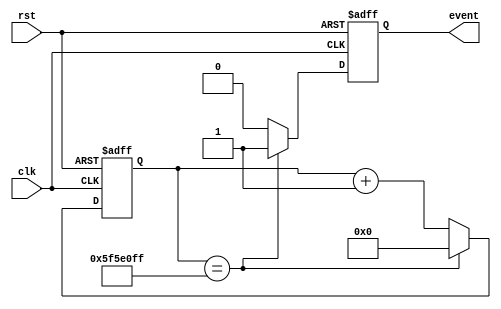
module event_timer (
  input wire clk,       // Clock input
  input wire rst,       // Reset input
  output reg event      // Event output
);

reg [31:0] counter;     // 32-bit counter to keep track of time
parameter INTERVAL = 100000000;  // Interval at which events should occur

always @ (posedge clk or posedge rst) begin
  if (rst) begin
    counter <= 0;       // Reset counter when reset signal is high
    event <= 0;         // Reset event signal
  end else begin
    if (counter == INTERVAL - 1) begin
      event <= 1;       // Set event signal high when counter reaches interval
      counter <= 0;     // Reset counter for next interval
    end else begin
      counter <= counter + 1; // Increment counter at each clock cycle
      event <= 0;       // Reset event signal
    end
  end
end

endmodule